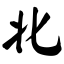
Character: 北